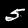
Digit: 5